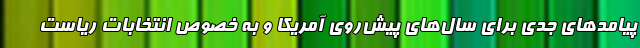
پیامدهای جدی برای سا‌ل‌های پیش‌روی آمریکا و به خصوص انتخابات ریاست